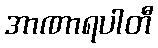
အာဏာရပါတီ